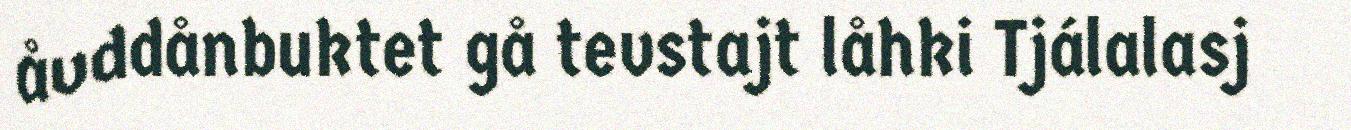
åvddånbuktet gå tevstajt låhki Tjálalasj